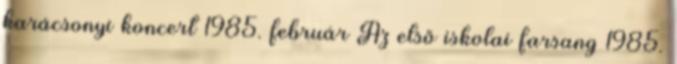
karácsonyi koncert 1985. február Az első iskolai farsang 1985.